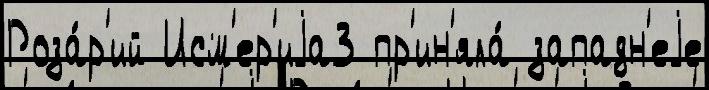
Роза́р'ий Исм'ер'иjа3 пр'ин'яла́ западн'еjе